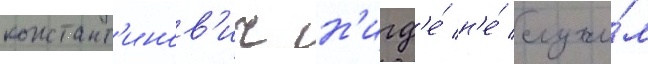
констант'инов'ич н'игд'е́ н'е́ служи́л